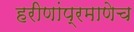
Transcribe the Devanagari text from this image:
हरीणांप्रमाणेच